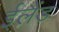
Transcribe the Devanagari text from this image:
ईलैंड